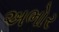
અભોર